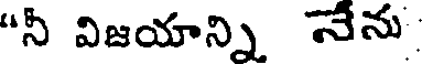
"నీ విజయాన్ని నేను